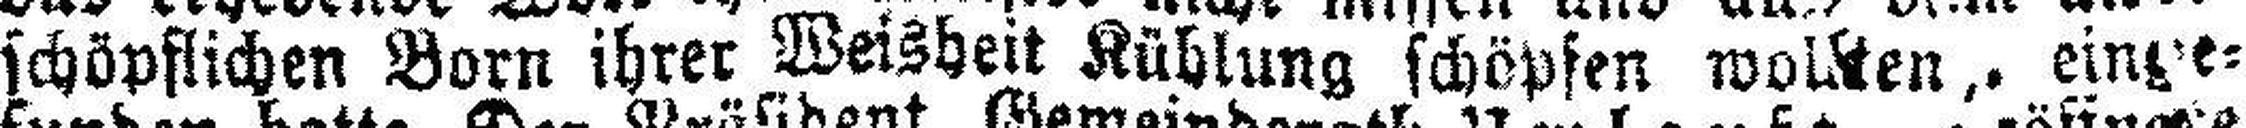
schöpflichen Born ihrer Weisheit Kühlung schöpfen wollten, einge¬